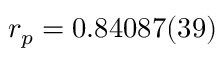
r _ { p } = 0 . 8 4 0 8 7 ( 3 9 )